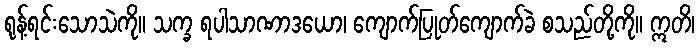
ရုန့်ရင်းသောသဲကို။ သက္ခ ရပါသာဏာဒယော၊ ကျောက်ပြုတ်ကျောက်ခဲ စသည်တို့ကို။ ဣတိ၊